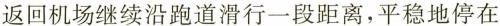
返回机场继续沿跑道滑行一段距离，平稳地停在